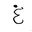
Letter: _gayn